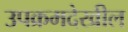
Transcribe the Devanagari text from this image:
उपक्रमदेखील